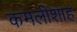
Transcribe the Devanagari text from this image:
कमलीशाह